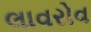
લાવરોવ